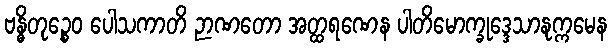
ဗန္ဓိတုဉ္စေဝ ပေါသကာတိ ဉာဏတော အတ္ထရဏေန ပါတိမောက္ခုဒ္ဒေသာနုက္ကမေန